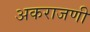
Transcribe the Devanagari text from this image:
अकराजणी